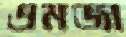
এমজা